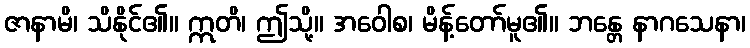
ဇာနာမိ၊ သိနိုင်၏။ ဣတိ၊ ဤသို့။ အဝေါစ၊ မိန့်တော်မူ၏။ ဘန္တေ နာဂသေနာ၊